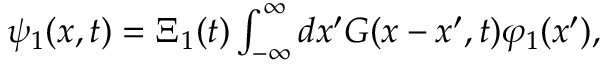
\begin{array} { r } { \psi _ { 1 } ( x , t ) = \Xi _ { 1 } ( t ) \int _ { - \infty } ^ { \infty } d x ^ { \prime } { \cal { G } } ( x - x ^ { \prime } , t ) \varphi _ { 1 } ( x ^ { \prime } ) , } \end{array}